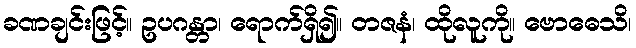
ခဏချင်းဖြင့်။ ဥပဂန္တာ၊ ရောက်ရှိ၍။ တဇနံ၊ ထိုလူကို။ ဗောဓေသိ၊